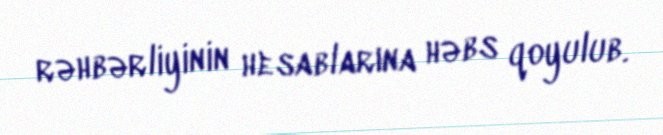
rəhbərliyinin hesablarına həbs qoyulub.